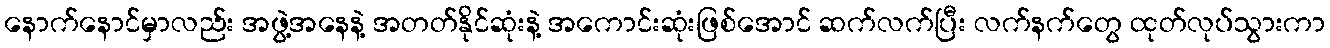
နောက်နောင်မှာလည်း အဖွဲ့အနေနဲ့ အတတ်နိုင်ဆုံးနဲ့ အကောင်းဆုံးဖြစ်အောင် ဆက်လက်ပြီး လက်နက်တွေ ထုတ်လုပ်သွားကာ